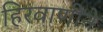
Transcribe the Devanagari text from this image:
हिरवाणीने